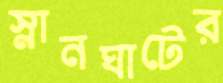
স্নানঘাটের